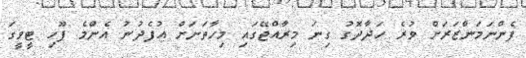
ފެންނަމަންޒަރަށް ވުރެ ހަދާދޮގު ގިނަ މިރާއްޖޭގައި މިހާތަނަށް އުފެދުނު އެންމެ ފޫހި ޓީވީގަ